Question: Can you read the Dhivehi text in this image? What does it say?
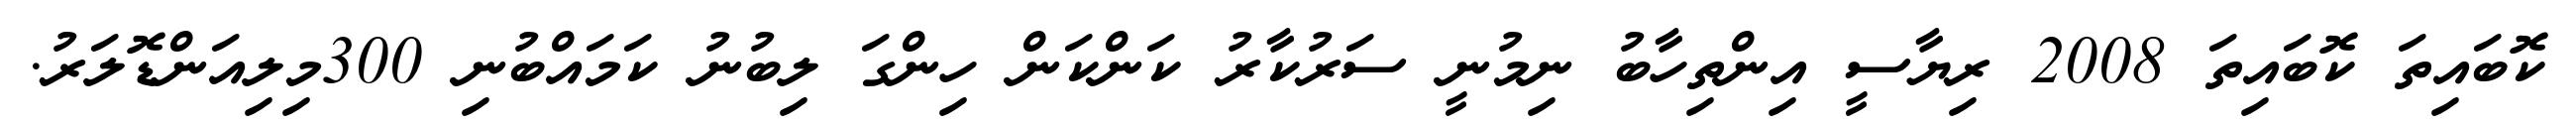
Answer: ކޮބައިތަ ކޮބައިތަ 2008 ރިޔާސީ އިންތިހާބު ނިމުނީ ސަރުކާރު ކަންކަން ހިންގަ ލިބުނު ކަމައްބުނި 300މިލިއަންޑޮލަރު.